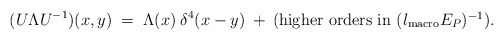
\begin{align*}(U \Lambda U^{-1})(x,y) \;=\; \Lambda(x) \:\delta^4(x-y) \:+\:{\mbox{(higher orders in $(l_{\mbox{\scriptsize{macro}}} E_P)^{-1}$)}}. \end{align*}